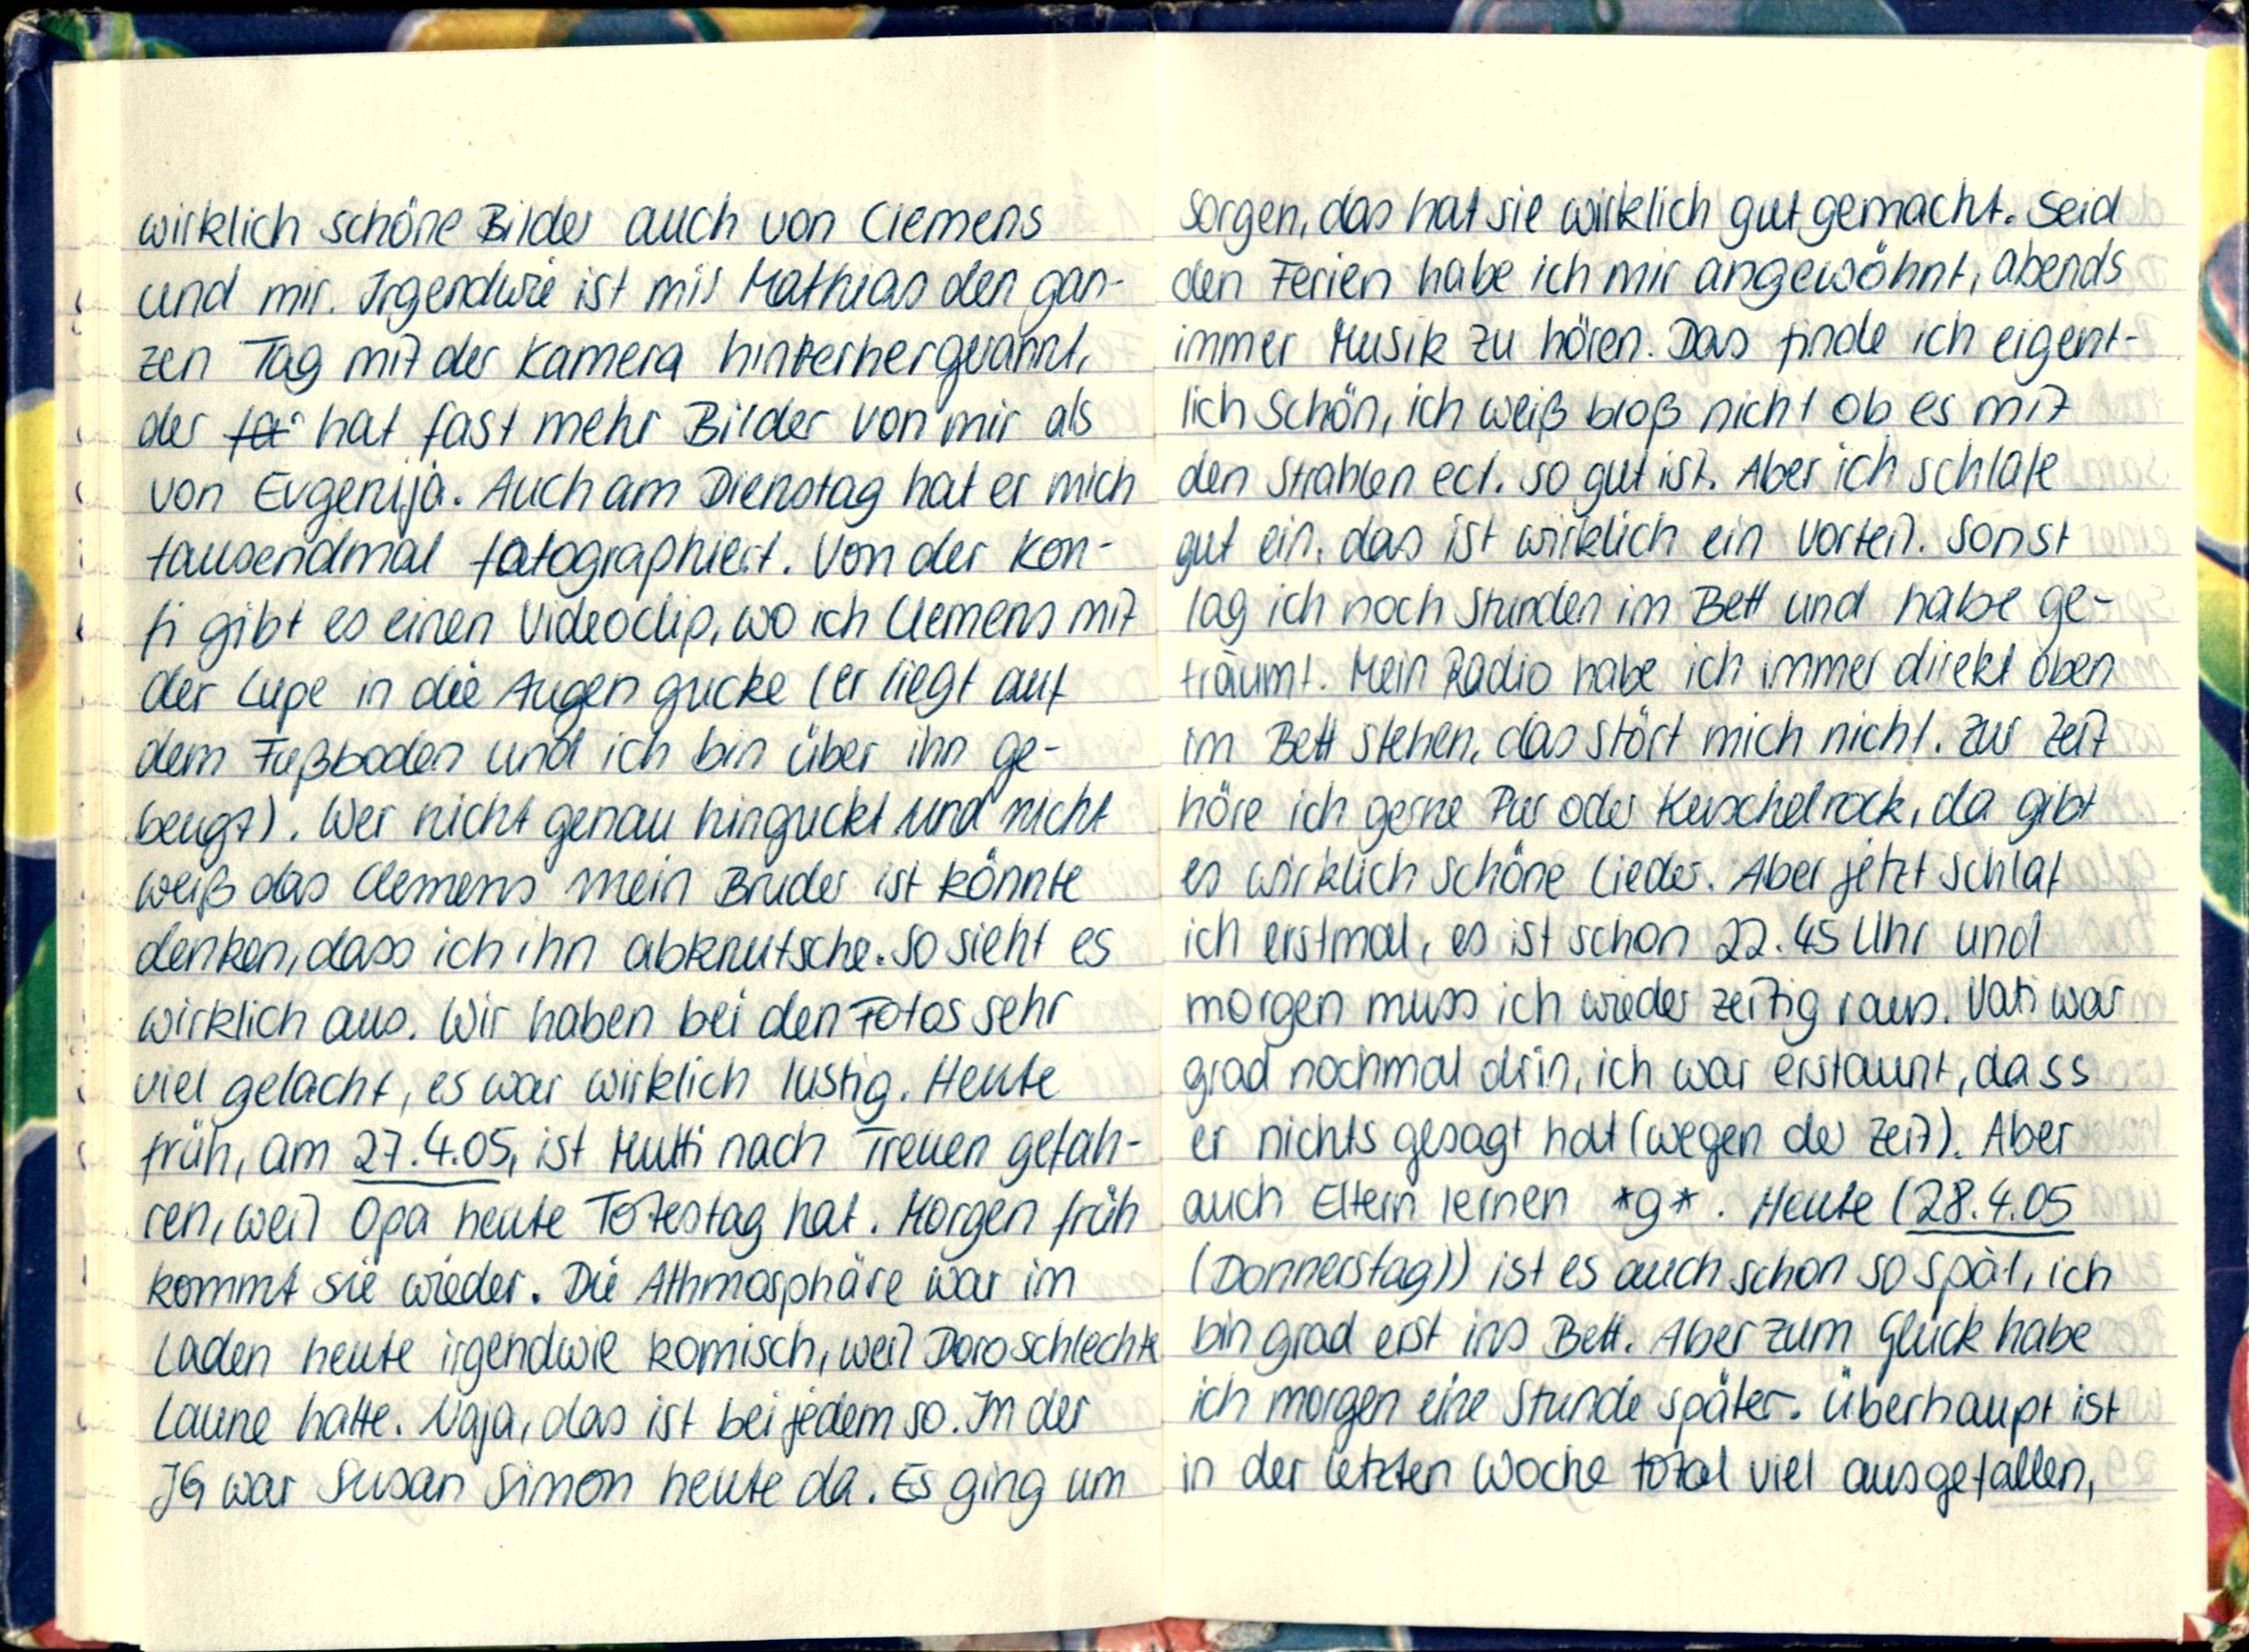
wirklich schöne Bilder auch von Clemens
und mir. Irgendwie ist mir Mathias den gan-
zen Tag mit der Kamera hinterhergerannt,
der hat fast mehr Bilder von mir als
von Evgenija. Auch am Dienstag hat er mich
tausendmal fotographiert. Von der Kon-
fi gibt es einen Videodip, wo ich Clemens mit
der Lupe in die Augen gucke (er liegt auf
dem Fußboden und ich bin über ihn ge-
beugt). Wer nicht genau hinguckt und nicht
weiß das Clemens mein Bruder ist könnte
denken, dass ich ihn abknutsche. So sieht es
wirklich aus. Wir haben bei den Fotos sehr
viel gelacht, es war wirklich lustig. Heute
früh, am 27.4.05, ist Mutti nach Treuen gefah-
ren, weil Opa heute Totestag hat. Morgen früh
kommt sie wieder. Die Athmosphäre war im
Laden heute irgendwie komisch, weil Doro schlechte
Laune hatte. Naja, das ist bei jedem so. In der
JG war Susan Simon heute da. Es ging um

Sorgen, das hat sie wirklich gut gemacht. Seid
den Ferien habe ich mir angewöhnt, abends
immer Musik zu hören. Das finde ich eigent-
lich schön, ich weiß bloß nicht ob es mit
den Strahlen ect. so gut ist. Aber ich schlafe
gut ein, das ist wirklich ein Vorteil. Sonst
lag ich noch Stunden im Bett und habe ge-
träumt. Mein Radio habe ich immer direkt oben
im Bett stehen, das stört mich nicht. Zur Zeit
höre ich gerne Pur oder Kuschelrock, da gibt
es wirklich schöne Lieder. Aber jetzt schlaf
ich erstmal, es ist schon 22.45 Uhr und
morgen muss ich wieder zeitig raus. Vati war
grad nochmal drin, ich war erstaunt, dass
er nichts gesagt hat (wegen der Zeit). Aber:
auch Eltern lernen *g*. Heute (28.4.05
(Donnerstag)) ist es auch schon so spät, ich
bin grad erst ins Bett. Aber zum Glück habe
ich morgen eine Stunde später. Überhaupt ist
in der letzten Woche total viel ausgefallen,